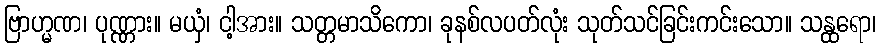
ဗြာဟ္မဏ၊ ပုဏ္ဏား။ မယှံ၊ ငါ့အား။ သတ္တမာသိကော၊ ခုနစ်လပတ်လုံး သုတ်သင်ခြင်းကင်းသော။ သန္ထရော၊